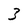
Character: 3